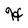
Character: H